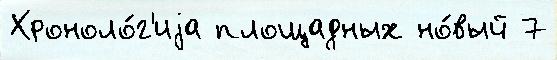
Хроноло́г'иjа площадных но́вый 7